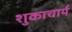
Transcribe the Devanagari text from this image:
शुकाचार्य